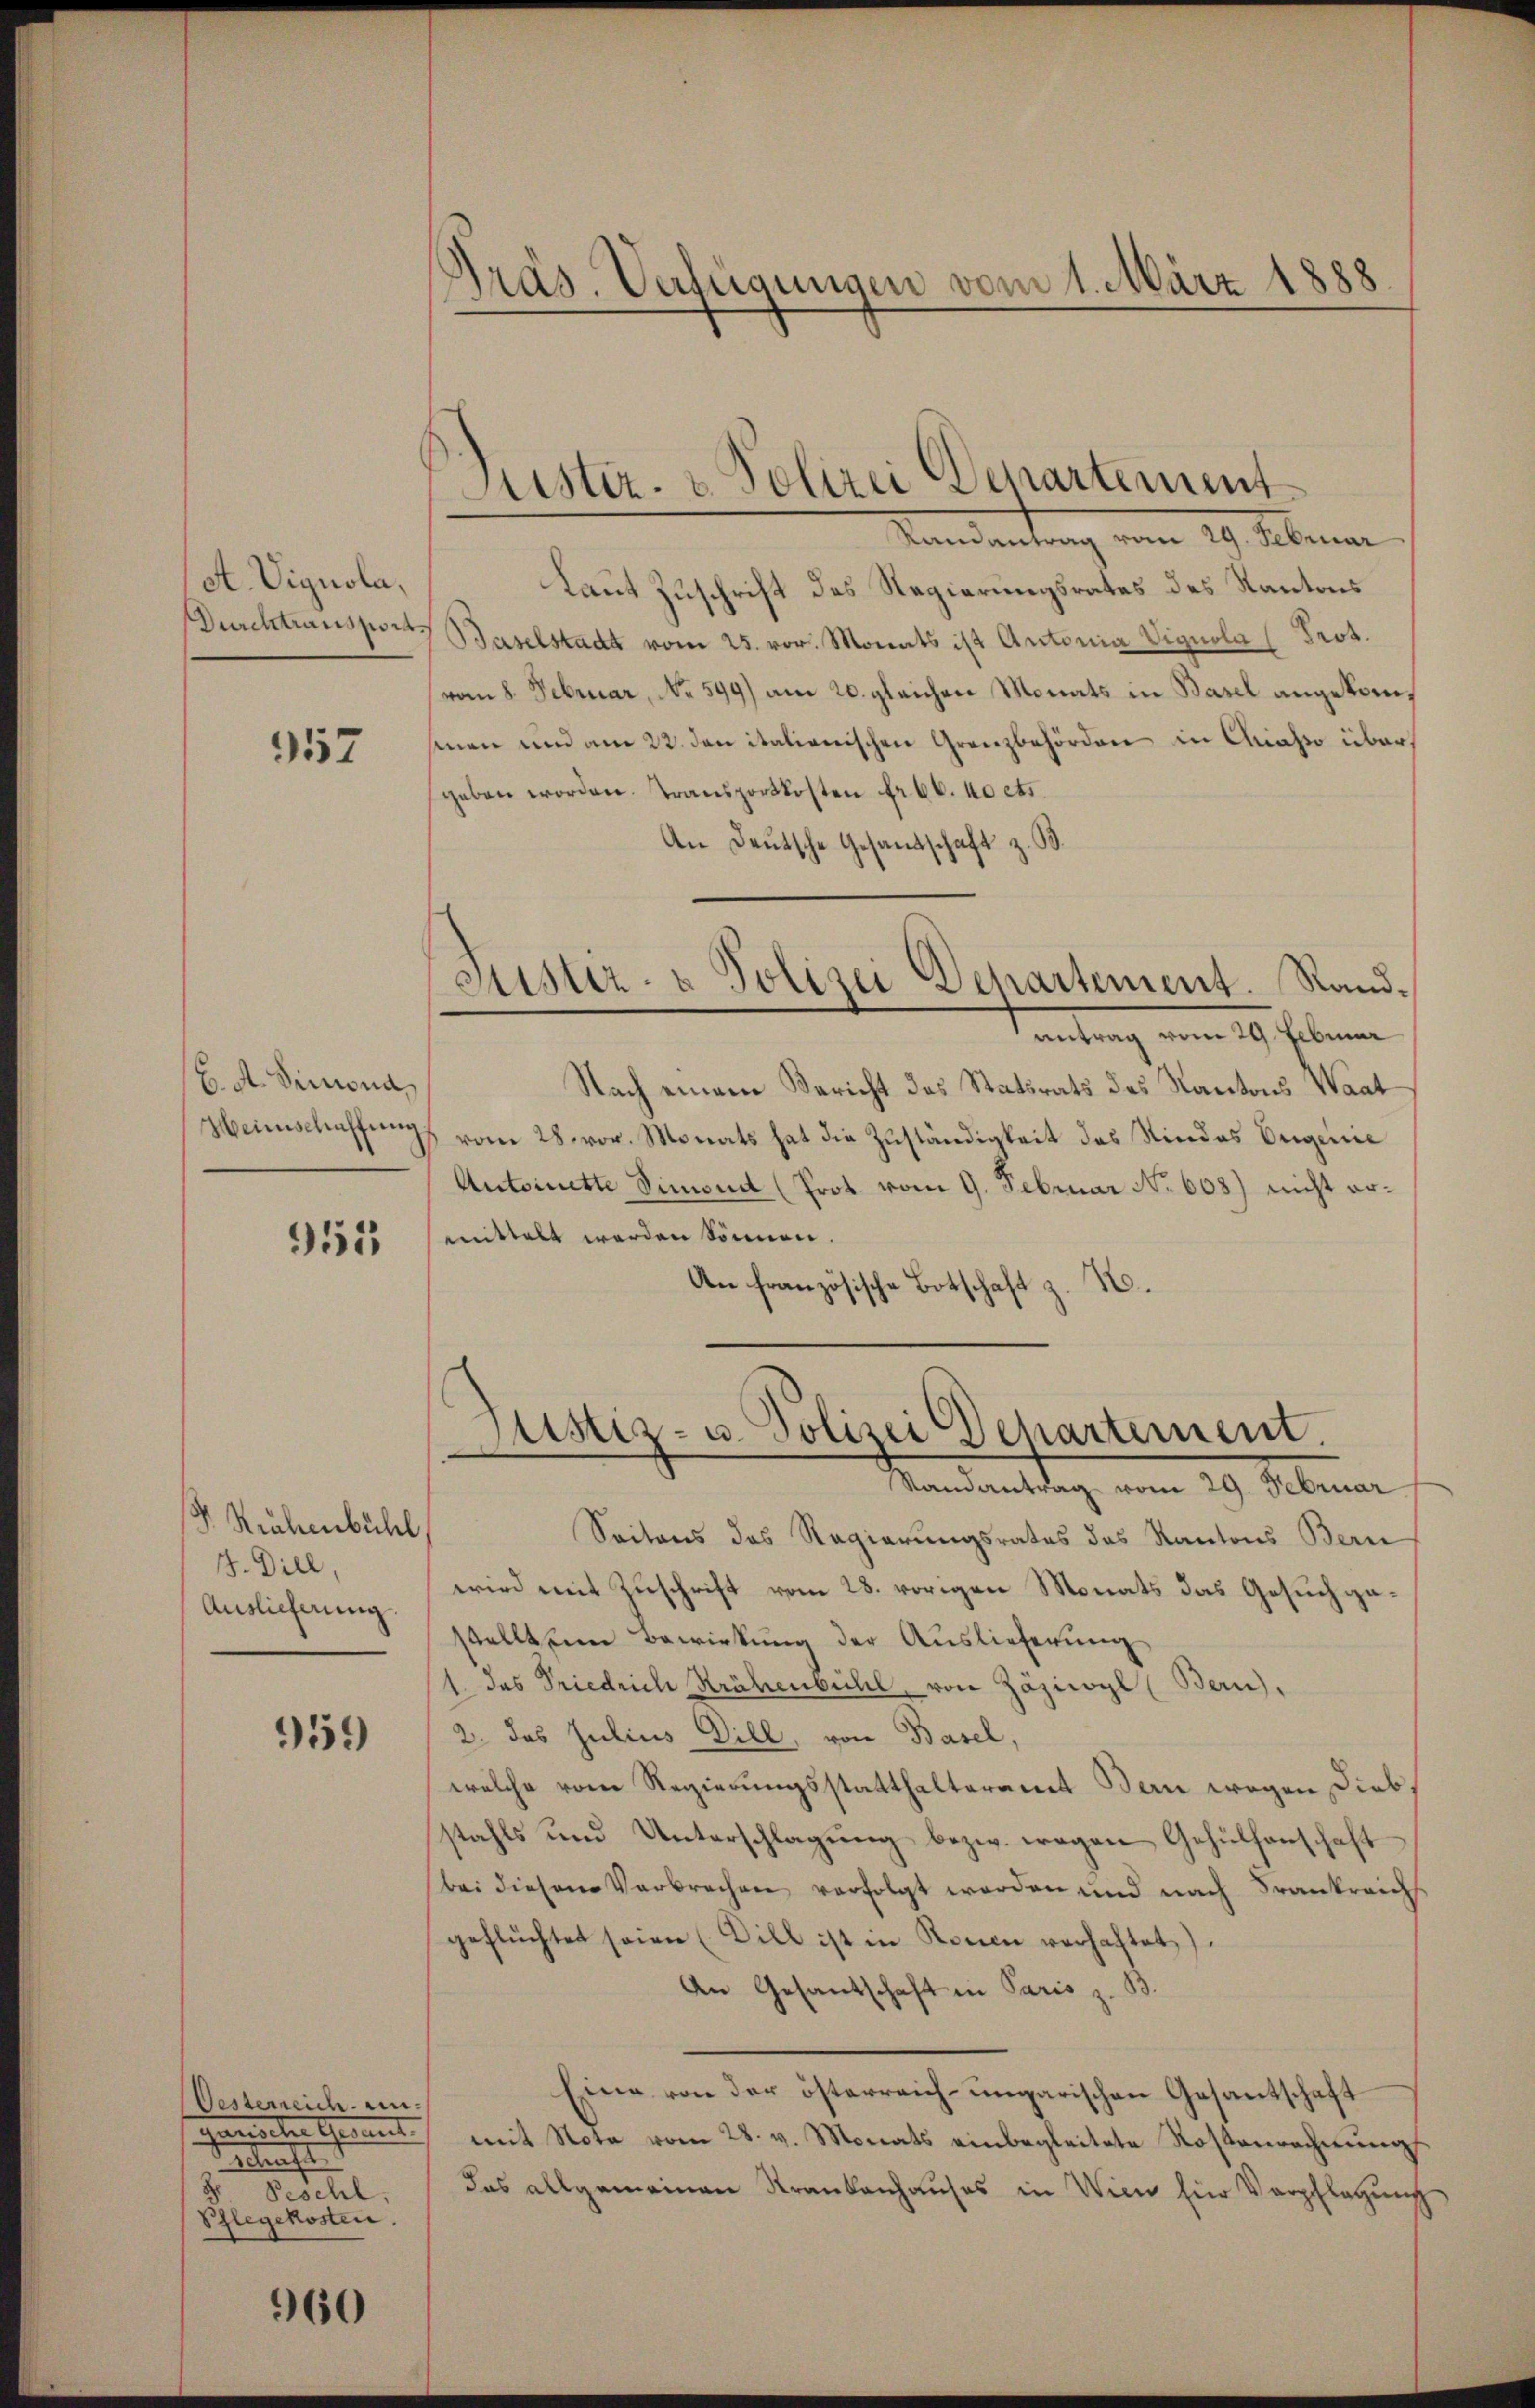
A. Vignola,
Durchtransport

957

/. A. Simona
Heimschaffung

955

Krähenbühl
J. Dill,
Auslieferung

59

Oesterreich un¬
 der Gesandt
ee einen
2
Peschl,
Schlegekosten.

960

.
Präs. Verfügungen vom 1. März 1888

Justiz- & Polizei Departement
Randantrag vom 29. Februar

Justiz- u Polizei Departement. Rand¬
Antrag vom 29. Februar

Laut Zuschrift des Regierungsrates des Kantons
Baselstadt vom 25. vor. Monats ist Antonia Vignola Prot.
(vom 8. Februar, No 599) am 20. gleichen Monats in Basel angekomsenen und am 22. den italienischen Grenzbehörden in Chiasso übergeben worden. Transportkosten fr. 60. 10 cts.
An Deutsche Gesandtschaft z. B.
Nach einem Bericht das Statsrats des Kantons Waat
vom 28. vor. Monats hat die Zuständigkeit des Niedes Origenie
Antoinette Simonat (Prot vom 9. Februar No 608) nicht ermittelt werden können
An französische Botschaft z. B.
Justiz- u. Polizei Departement.
Mandantrag vom 19. Februar
Seitens das Regierungsrates des Kantons Bern
wird mit Zuschrift vom 28. vorigen Monats das Gesuch gestellt um Bewirkung der Auslieferung
1. das Friedrich Krähenbühl, von Zäziwyl (Bern).
2. das Julius Dill, von Basel,
welche vom Regierungsstatthalteramt Bern wegen Diebstahls und Unterschlagung bezw. wegen Gehülfenschaft
(bei diesem Verbrechen verfolgt werden und nach Frankreich
geflüchtet seien (Dill ist in Rosen verhaftet.
An Gesandschaft in Paris z. B.
Eine von der österreich-ungarischen Gesantschaft
mit Nota vom 28. v. Monats einbegleitete Rostenrechnung
das allgemeinen Krankenhauses in Wien für Verpflegung

¬